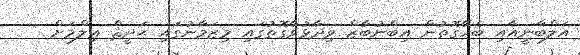
އަލްބާނީއާއި ބެހޭގޮތުން އިބްނުބާޒް ވިދާޅުވާގޮތުގައި މިޒަމާނުގައި ޙަދީޘް ޢިލްމަށް